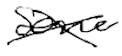
Text: some
Cross-out: cross
Writing tool: digital_black